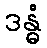
ဒန္ဓံ